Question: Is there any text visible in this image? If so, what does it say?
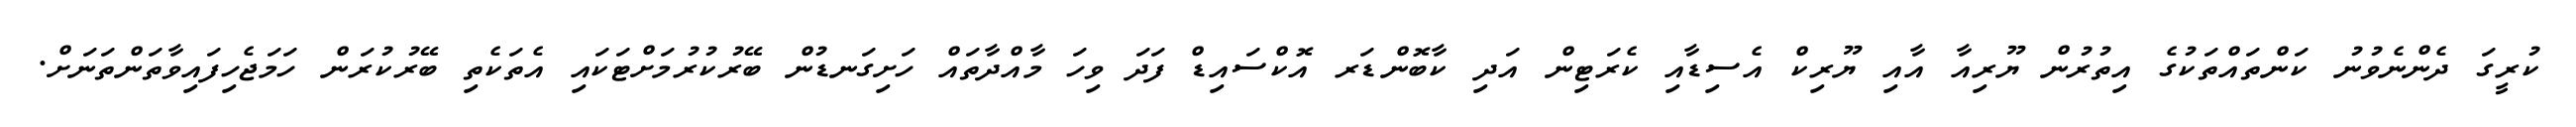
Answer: ކުރީގަ ދެންނެވުނު ކަންތައްތަކުގެ އިތުރުން ޔޫރިއާ އާއި ޔޫރިކް އެސިޑާއި ކެރަޓިން އަދި ކާބޮންޑަރ އޮކްސައިޑް ފަދަ ވިހަ މާއްދާތައް ހަށިގަނޑުން ބޭރުކުރުމަށްޓަކައި އެތަކެތި ބޭރުކުރަން ހަމަޖެހިފައިވާތަންތަނަށް.